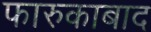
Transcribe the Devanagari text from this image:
फारुकाबाद